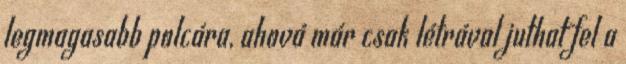
legmagasabb polcára, ahová már csak létrával juthat fel a